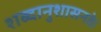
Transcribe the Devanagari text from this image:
शब्दानुशासनके